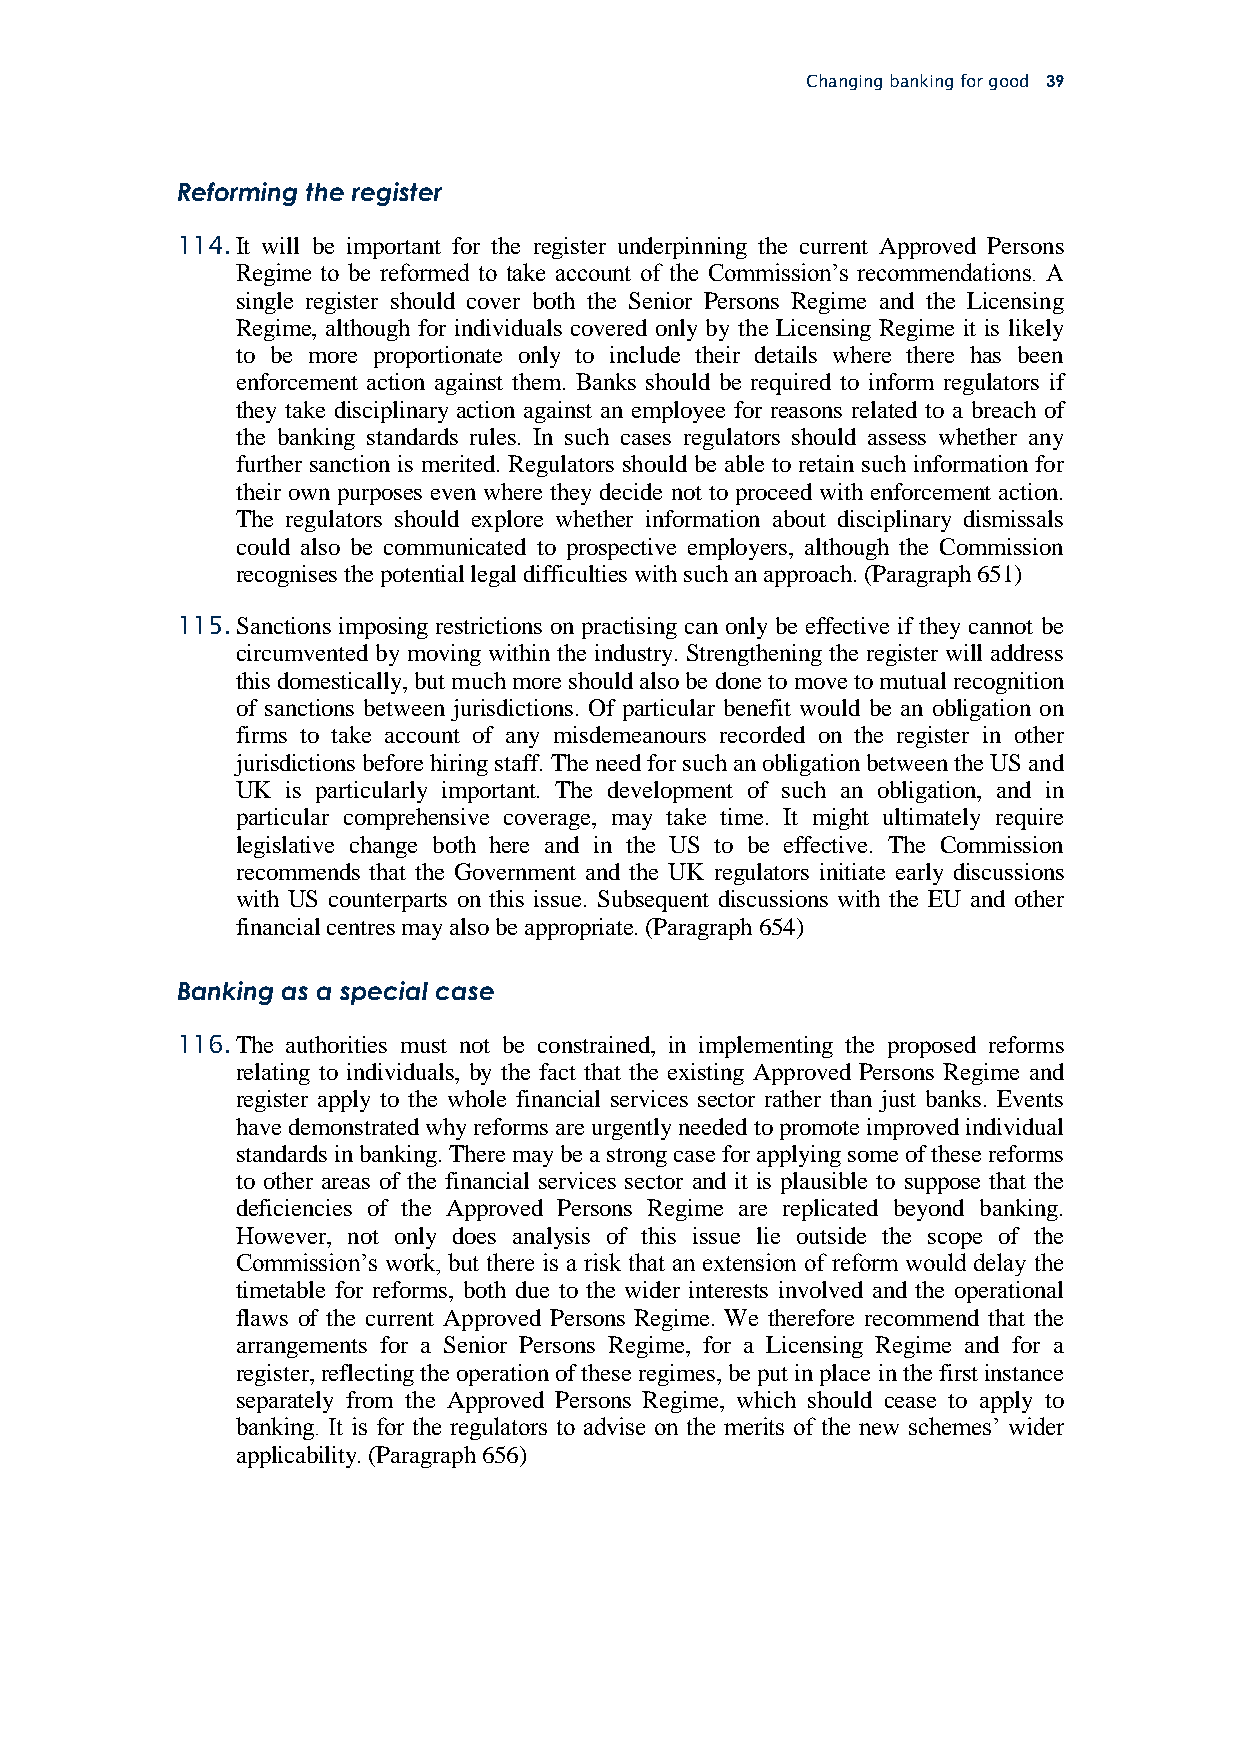
Changing banking for good 39
 Reforming the register
 114. It will be important for the register underpinning the current Approved Persons
 Regime to be reformed to take account of the Commission’s recommendations. A
 single register should cover both the Senior Persons Regime and the Licensing
 Regime, although for individuals covered only by the Licensing Regime it is likely
 to be more proportionate only to include their details where there has been
 enforcement action against them. Banks should be required to inform regulators if
 they take disciplinary action against an employee for reasons related to a breach of
 the banking standards rules. In such cases regulators should assess whether any
 further sanction is merited. Regulators should be able to retain such information for
 their own purposes even where they decide not to proceed with enforcement action.
 The regulators should explore whether information about disciplinary dismissals
 could also be communicated to prospective employers, although the Commission
 recognises the potential legal difficulties with such an approach. (Paragraph 651)
 115. Sanctions imposing restrictions on practising can only be effective if they cannot be
 circumvented by moving within the industry. Strengthening the register will address
 this domestically, but much more should also be done to move to mutual recognition
 of sanctions between jurisdictions. Of particular benefit would be an obligation on
 firms to take account of any misdemeanours recorded on the register in other
 jurisdictions before hiring staff. The need for such an obligation between the US and
 UK is particularly important. The development of such an obligation, and in
 particular comprehensive coverage, may take time. It might ultimately require
 legislative change both here and in the US to be effective. The Commission
 recommends that the Government and the UK regulators initiate early discussions
 with US counterparts on this issue. Subsequent discussions with the EU and other
 financial centres may also be appropriate. (Paragraph 654)
 Banking as a special case
 116. The authorities must not be constrained, in implementing the proposed reforms
 relating to individuals, by the fact that the existing Approved Persons Regime and
 register apply to the whole financial services sector rather than just banks. Events
 have demonstrated why reforms are urgently needed to promote improved individual
 standards in banking. There may be a strong case for applying some of these reforms
 to other areas of the financial services sector and it is plausible to suppose that the
 deficiencies of the Approved Persons Regime are replicated beyond banking.
 However, not only does analysis of this issue lie outside the scope of the
 Commission’s work, but there is a risk that an extension of reform would delay the
 timetable for reforms, both due to the wider interests involved and the operational
 flaws of the current Approved Persons Regime. We therefore recommend that the
 arrangements for a Senior Persons Regime, for a Licensing Regime and for a
 register, reflecting the operation of these regimes, be put in place in the first instance
 separately from the Approved Persons Regime, which should cease to apply to
 banking. It is for the regulators to advise on the merits of the new schemes’ wider
 applicability. (Paragraph 656)